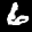
Label: 6